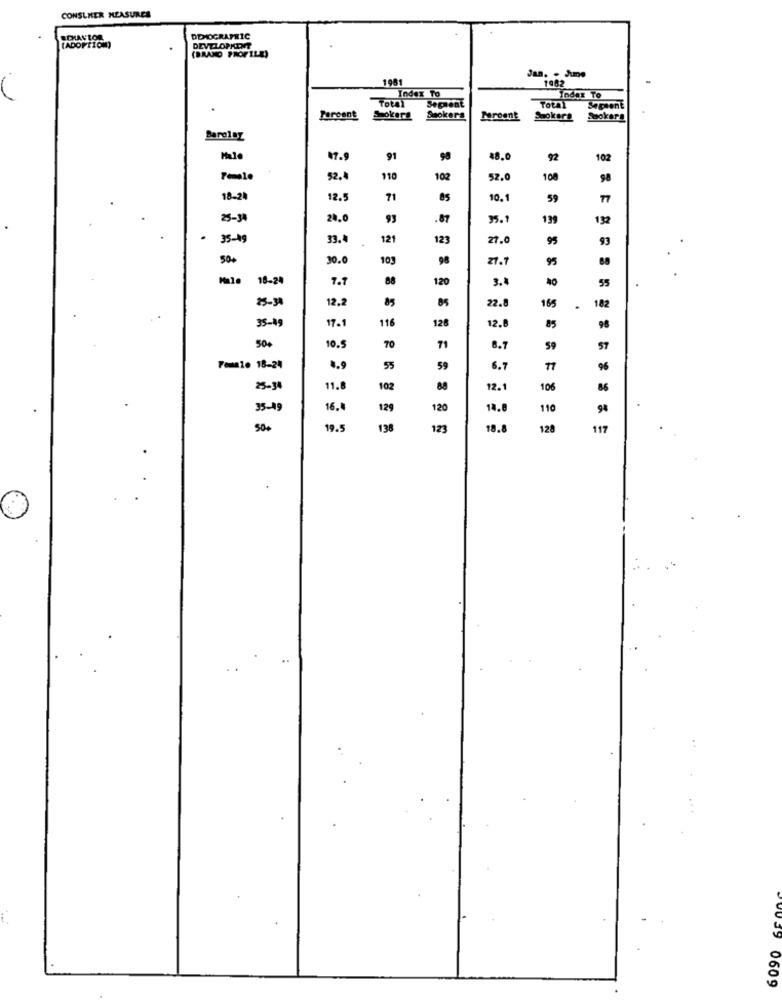
CONSUMER MEASURES
DEMOGRAPHIC
DEVELOPKINT
(BRAND PROFILE)
Jan. . Jume
1961
1982
Index To
Index To
Total
Sepaent
Total
Sapsent
Percent
Spokera
Saokers
Proont
Sookers
Sookara
Bareley
Male
47.9
91
48.0
92
102
52.4
110
102
52.0
108
98
18-24
12.5
71
10.1
59
77
25-3
24.0
93
.87
35.1
139
132
35-19
33.4
121
123
27.0
95
93
50+
30.0
105
98
21.7
95
18-24
7.7
88
120
3.4
40
55
25-34
12,2
85
85
22.8
182
165
.
35-49
17.1
116
128
12.6
85
98
10.5
500
70
71
8.7
59
57
Female 18-24
1.9
55
59
6.7
96
25-34
11.8
102
88
12.1
106
86
35-49
16.
129
120
14.
110
94
50+
19.5
138
123
18.
128
117
0609